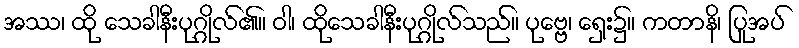
အဿ၊ ထို သေခါနီးပုဂ္ဂိုလ်၏။ ဝါ၊ ထိုသေခါနီးပုဂ္ဂိုလ်သည်။ ပုဗ္ဗေ၊ ရှေး၌။ ကတာနိ၊ ပြုအပ်